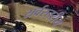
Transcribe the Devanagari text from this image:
सर्वस्तरीय